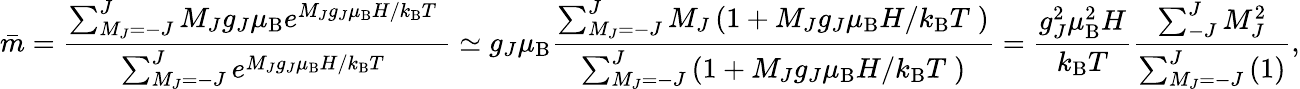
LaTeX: {\bar{m}}={\frac{\sum_{M_{J}=-J}^{J}{M_{J}g_{J}\mu_{\mathrm{B}}e^{M_{J}g_{J}\mu_{\mathrm{B}}H/k_{\mathrm{B}}T\; }}}{\sum_{M_{J}=-J}^{J}e^{M_{J}g_{J}\mu_{\mathrm{B}}H/k_{\mathrm{B}}T\; }}}\simeq g_{J}\mu_{\mathrm{B}}{\frac{\sum_{M_{J}=-J}^{J}M_{J}\left(1+M_{J}g_{J}\mu_{\mathrm{B}}H/k_{\mathrm{B}}T\; \right)}{\sum_{M_{J}=-J}^{J}\left(1+M_{J}g_{J}\mu_{\mathrm{B}}H/k_{\mathrm{B}}T\; \right)}}={\frac{g_{J}^{2}\mu_{\mathrm{B}}^{2}H}{k_{\mathrm{B}}T}}{\frac{\sum_{-J}^{J}M_{J}^{2}}{\sum_{M_{J}=-J}^{J}{(1)}}},